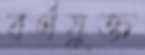
বর্ণযুক্ত